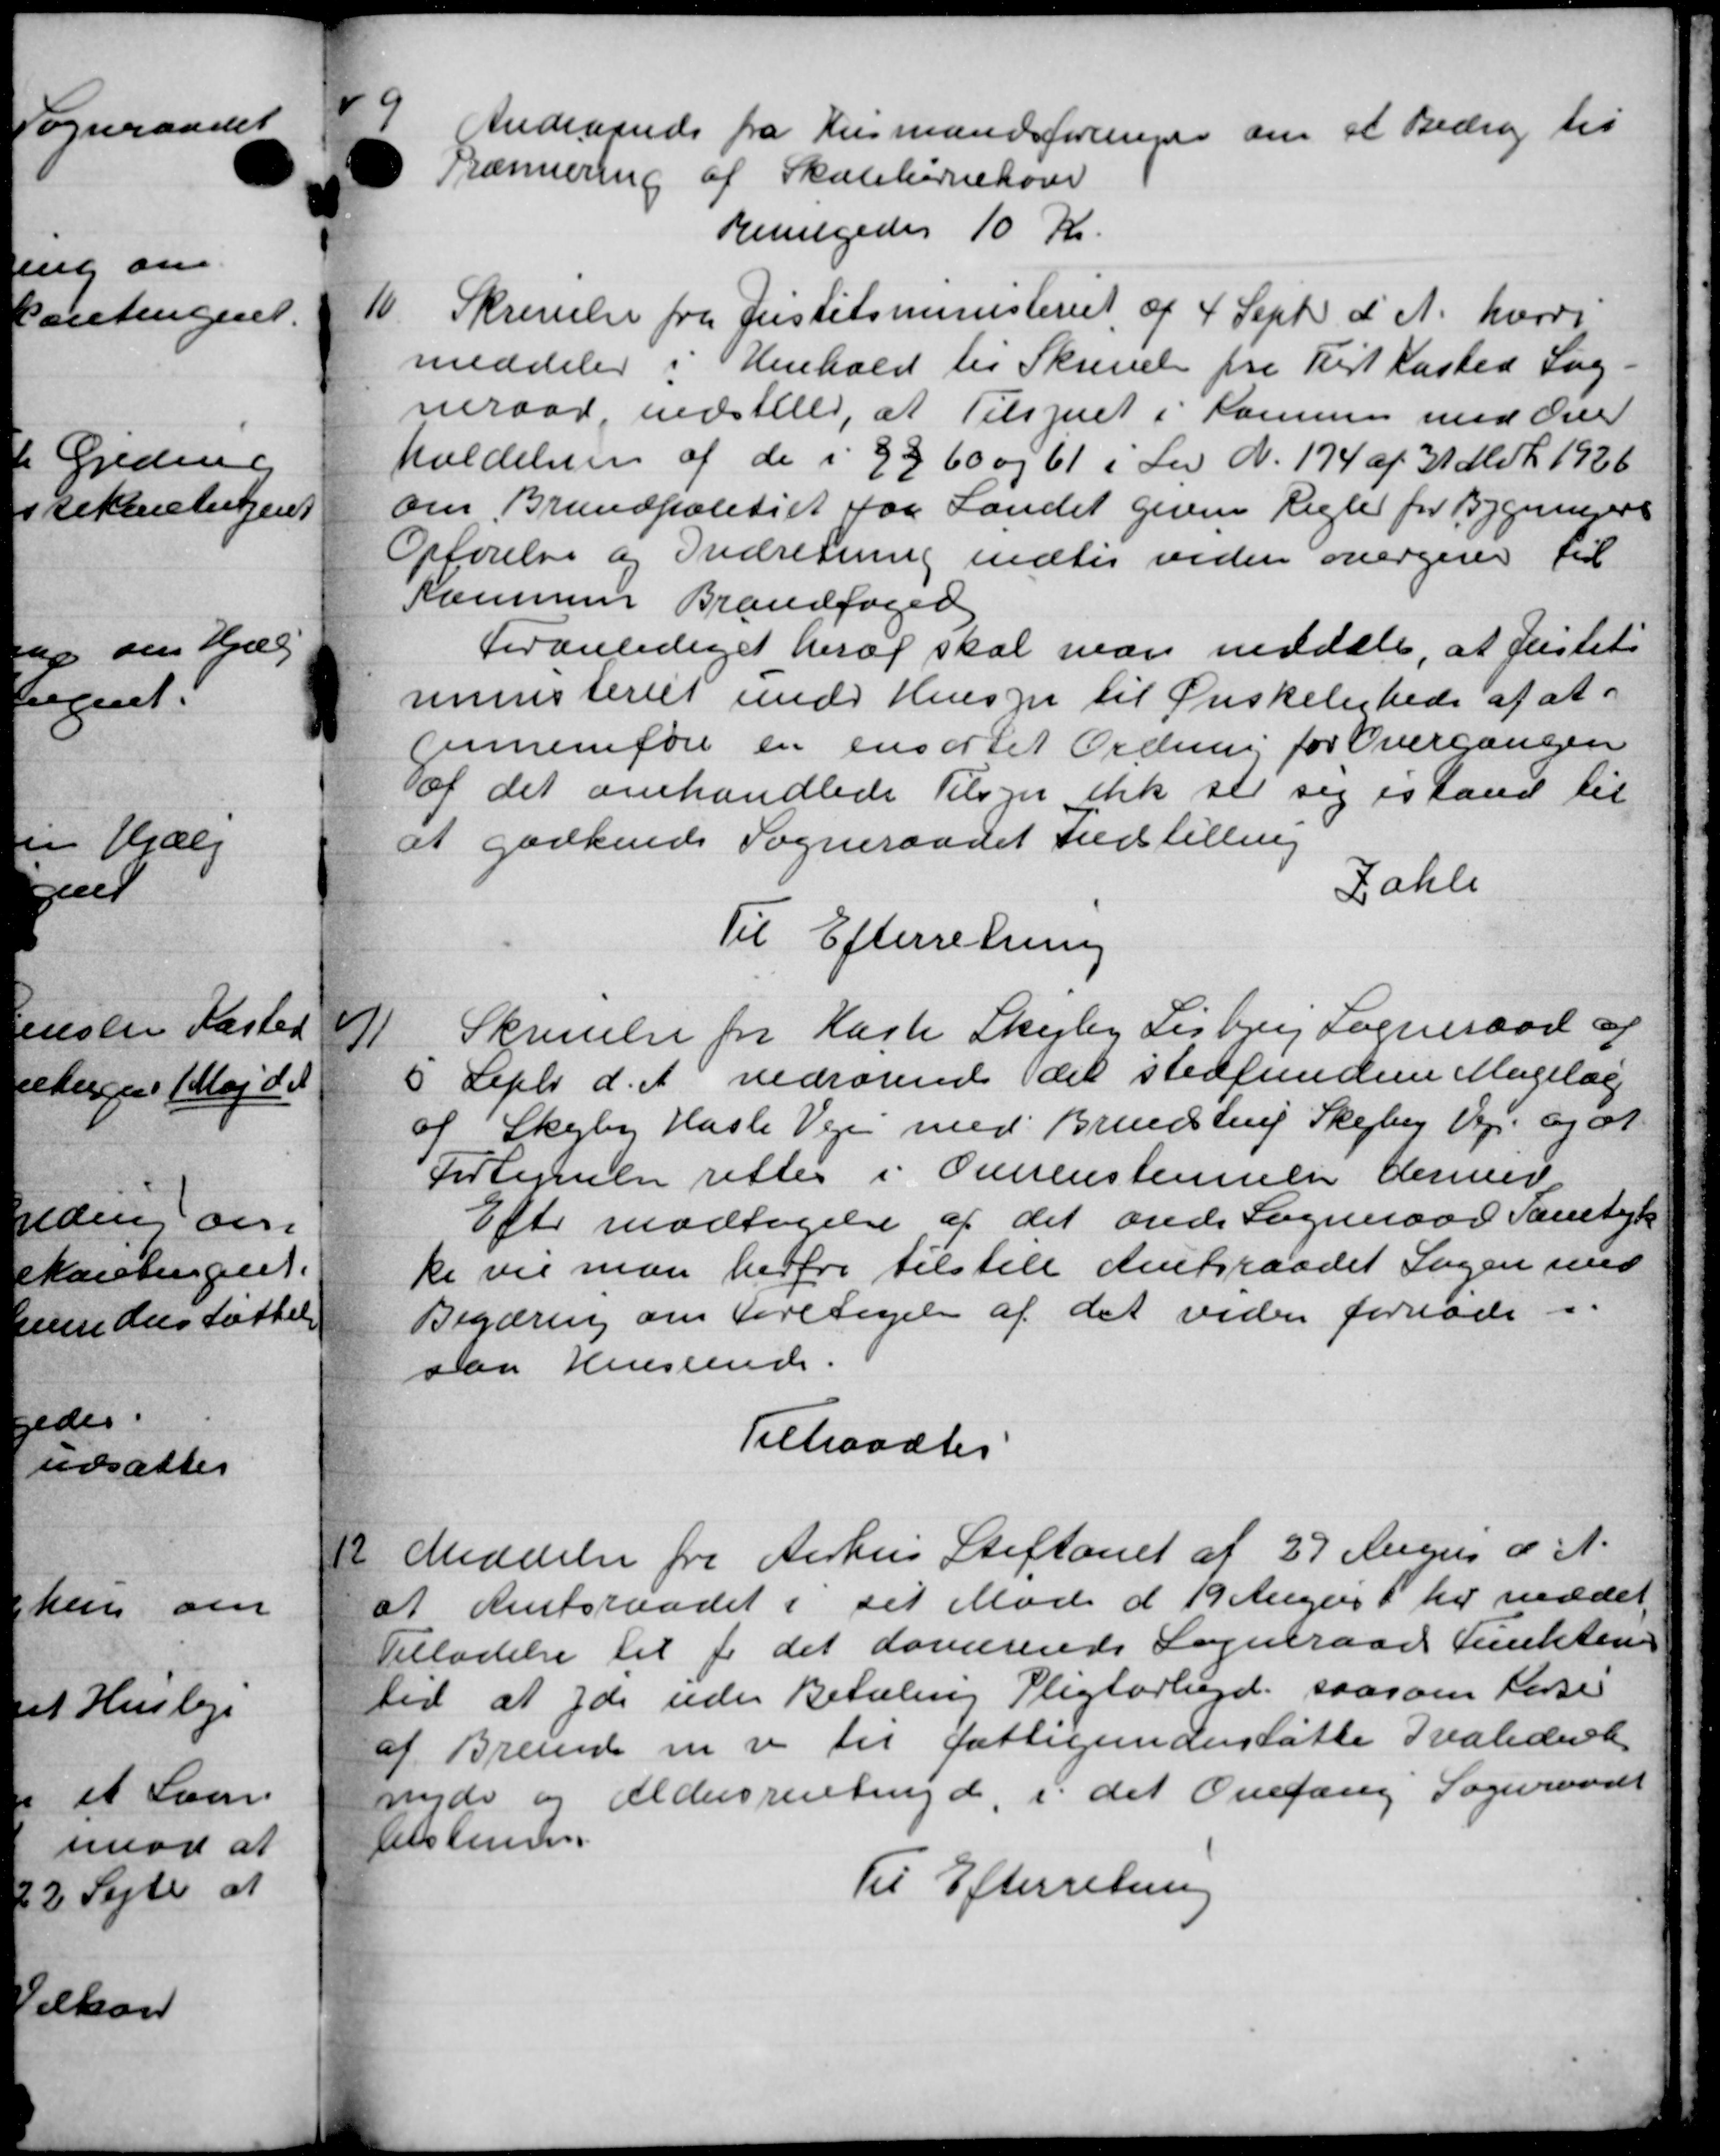
Transskription:
9
Andraaende fra Husmandsforeninger om at Bidrag til
 Trænnering af Skolebørnekoner
Bevilgedes 10 Kr.
10.
Skrivelse fra Justitsministeriet af 4 Septr d. A. hærdi
meddeler i Henhold til Skrivelse fra Thist Kasted Sog-
neraad, indstiled, at Tilsynet i Komunen med Over
holdelsen af de i 33 60 og 61 i Lov N. 174 af 31 Md 1926
om Brundpolitiet faa Landet given Regler for Bygningere
Opførelse og Indretning indtil videre overgiver til
Kommen Brandfoged
Foranlediget heraf skal man meddele, at Justits
ministeriet under Hensyn til Ønskelighede af at
gennemføre en ensortil Ordning for Overgangen
af det omhandlede Tilsyn ikke til sig istand til
at godkende Sogneraadet Indstilling
Zahle
Til Efterretning

Skrivelse fra Kaste Skejby Lisbjerg Sogneraad af
Septr d. A. vedrørende det stedfundere Magelæg
6
af Skejby Hasle Veje med Brundstrup Skejby Vej og at
Fortegnelse rettes i Overenstemmelse dered
Efter modtagelse af det ande Sogneraad Samtyk
ke vil man herfra tilstile Amtsraadet Sagen med
Begæring om foretagelse af det videre fornøde i
paa Henseende.
Tiltraadtes

Meddeler fra Aarhus Stiftamt af 29 Augus d. A.
at Amtsraadet i sit Møde d 19 August hr mødet
Tilladelse til for det daværende Sogneraad Funkten
ted at yde uden Betaling Pligtarbejde saasom Larse
af Brænde m.v. til fattigunderstøtte Ivalideret
nde og Aldersrentenyd, i det Ovefang Sogneraadt
Ailstenen.
Til Efterretning